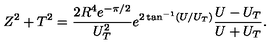
Z ^ { 2 } + T ^ { 2 } = \frac { 2 R ^ { 4 } e ^ { - \pi / 2 } } { U _ { T } ^ { 2 } } e ^ { 2 \tan ^ { - 1 } ( U / U _ { T } ) } \frac { U - U _ { T } } { U + U _ { T } } .